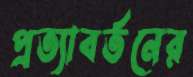
প্রত্যাবর্তনের